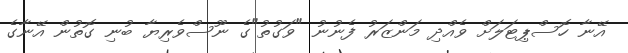
އޭނާ ހޮސްޕިޓަލަށް ވެއްދި މަންޒަރު ފެނުނު "ވަގުތު"ގެ ނޫސްވެރިޔާ ބުނި ގޮތުން އޭނާގެ